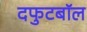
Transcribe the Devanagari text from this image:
दफुटबॉल